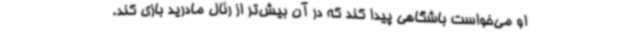
او می‌خواست باشگاهی پیدا کند که در آن بیش‌تر از رئال مادرید بازی کند.